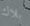
بلاك